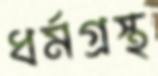
ধর্মগ্রস্থ